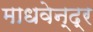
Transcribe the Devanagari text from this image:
माधवेन्द्र